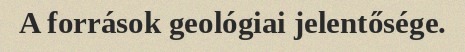
A források geológiai jelentősége.